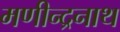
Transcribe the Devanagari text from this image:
मणीन्द्रनाथ